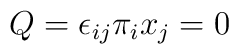
Q = \epsilon_{ij}\pi_i x_j = 0